Report on vaccination in Madras 1877-1894 - 1877-1894
Year: 1877
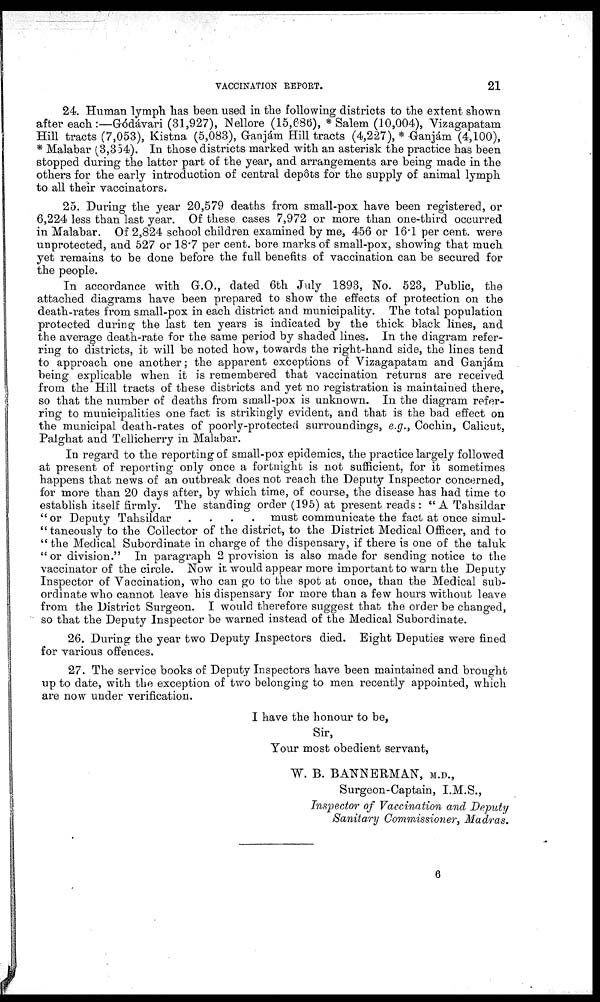
VACCINATION REPORT.
21
24. Human lymph has been used in the following districts to the extent shown
after each :—Gódávari (31,927), Nellore (15,686), * Salem (10,004), Vizagapatam
Hill tracts (7,053), Kistna (5,083), Ganjám Hill tracts (4,227), * Ganjám (4,100),
* Malabar (3,354). In those districts marked with an asterisk the practice has been
stopped during the latter part of the year, and arrangements are being made in the
others for the early introduction of central depôts for the supply of animal lymph
to all their vaccinators.
25. During the year 20,579 deaths from small-pox have been registered, or
6,224 less than last year. Of these cases 7,972 or more than one-third occurred
in Malabar. Of 2,824 school children examined by me, 456 or 16.1 per cent. were
unprotected, and 527 or 18.7 per cent. bore marks of small-pox, showing that much
yet remains to be done before the full benefits of vaccination can be secured for
the people.
In accordance with G.O., dated 6th July 1893, No. 523, Public, the
attached diagrams have been prepared to show the effects of protection on the
death-rates from small-pox in each district and municipality. The total population
protected during the last ten years is indicated by the thick black lines, and
the average death-rate for the same period by shaded lines. In the diagram refer-
ring to districts, it will be noted how, towards the right-hand side, the lines tend
to approach one another; the apparent exceptions of Vizagapatam and Ganjám
being explicable when it is remembered that vaccination returns are received
from the Hill tracts of these districts and yet no registration is maintained there,
so that the number of deaths from small-pox is unknown. In the diagram refer-
ring to municipalities one fact is strikingly evident, and that is the bad effect on
the municipal death-rates of poorly-protected surroundings, e.g., Cochin, Calicut,
Palghat and Tellicherry in Malabar.
In regard to the reporting of small-pox epidemics, the practice largely followed
at present of reporting only once a fortnight is not sufficient, for it sometimes
happens that news of an outbreak does not reach the Deputy Inspector concerned,
for more than 20 days after, by which time, of course, the disease has had time to
establish itself firmly. The standing order (195) at present reads : " A Tahsildar
" or Deputy Tahsildar ....
must communicate the fact at once simul¬
" taneously to the Collector of the district, to the District Medical Officer, and to
" the Medical Subordinate in charge of the dispensary, if there is one of the taluk
" or division." In paragraph 2 provision is also made for sending notice to the
vaccinator of the circle. Now it would appear more important to warn the Deputy
Inspector of Vaccination, who can go to the spot at once, than the Medical sub-
ordinate who cannot leave his dispensary for more than a few hours without leave
from the District Surgeon. I would therefore suggest that the order be changed,
so that the Deputy Inspector be warned instead of the Medical Subordinate.
26. During the year two Deputy Inspectors died. Eight Deputies were fined
for various offences.
27. The service books of Deputy Inspectors have been maintained and brought
up to date, with the exception of two belonging to men recently appointed, which
are now under verification.
I have the honour to be,
Sir,
Your most obedient servant,
W. B. BANNERMAN, M.D.,
Surgeon-Captain, I.M.S.,
Inspector of Vaccination and Deputy
Sanitary Commissioner, Madras.
6